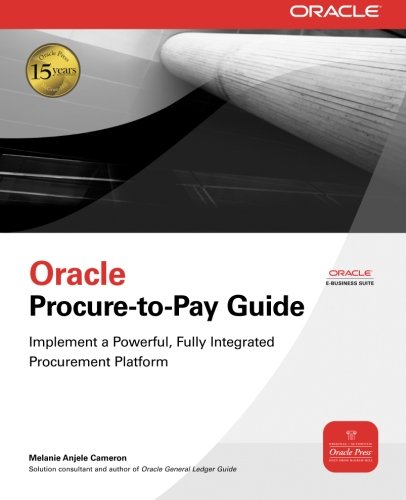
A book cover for Oracle Procure-to-Pay Guide (Oracle Press); Melanie Anjele Cameron; Computers & Technology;